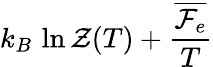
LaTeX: k_{B}\, \ln\mathcal{Z}(T)+\frac{\overline{{\mathcal{F}_{e}}}}{T}